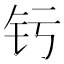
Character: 𬬨